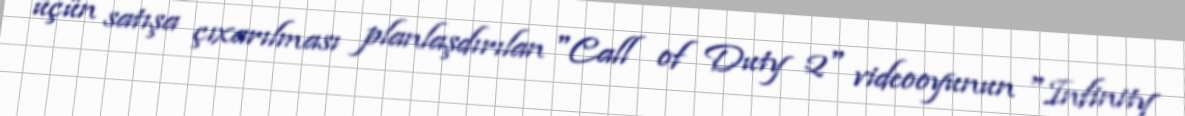
üçün satışa çıxarılması planlaşdırılan "Call of Duty 2" videooyunun "Infinity